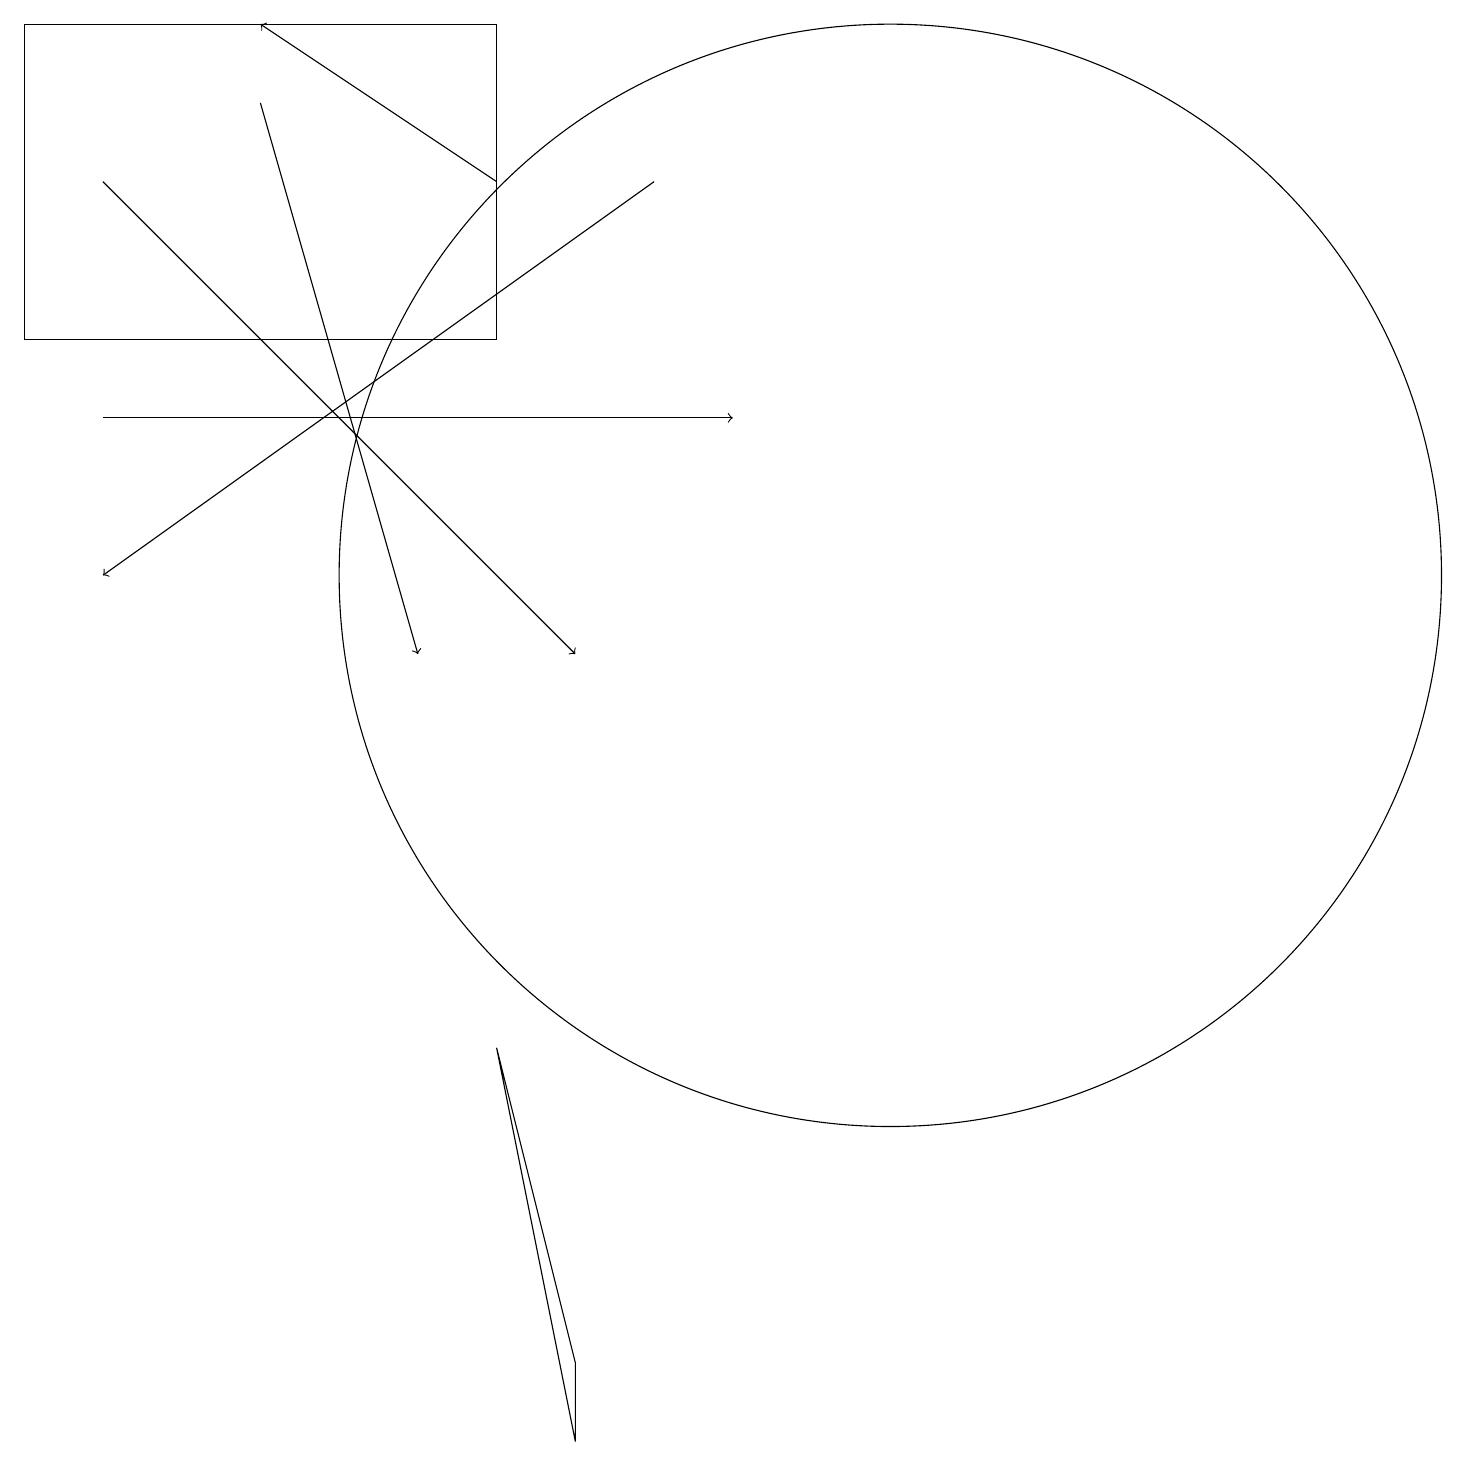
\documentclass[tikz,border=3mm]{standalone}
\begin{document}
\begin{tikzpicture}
\draw[->] (8,16) -- (1,11);
\draw[->] (3,17) -- (5,10);
\draw[->] (1,13) -- (9,13);
\draw (6,14) rectangle (0,18);
\draw[->] (1,16) -- (7,10);
\draw (6,5) -- (7,0) -- (7,1) -- cycle;
\draw[->] (6,16) -- (3,18);
\draw (11,11) circle (7);
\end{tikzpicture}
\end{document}